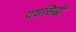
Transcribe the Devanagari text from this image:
दशसिद्धी